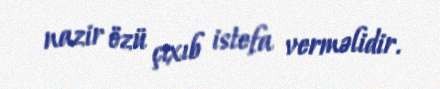
nazir özü çıxıb istefa verməlidir.